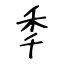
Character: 秊